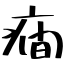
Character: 癇